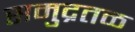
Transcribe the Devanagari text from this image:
समुद्रतळ